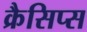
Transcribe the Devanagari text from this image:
क्रैसिप्स